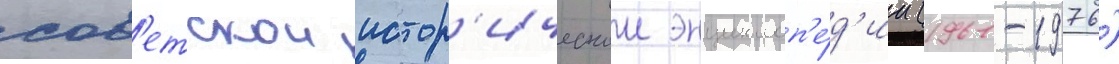
сов'етскои истор'ическои энциклоп'е́д'ии (1961-1976)